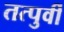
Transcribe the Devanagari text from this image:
तत्पुर्वी